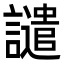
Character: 譴